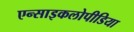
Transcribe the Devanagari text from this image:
एन्साइकलोपीडिया